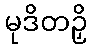
မုဒိတဉှိ